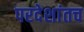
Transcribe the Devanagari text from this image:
परदेशांतच